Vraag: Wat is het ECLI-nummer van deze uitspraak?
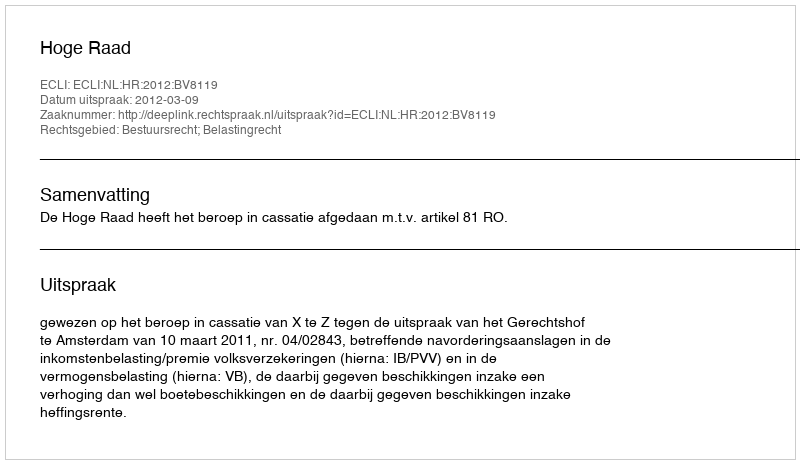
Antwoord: ECLI:NL:HR:2012:BV8119